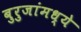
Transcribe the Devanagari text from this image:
बुरुजांमध्ये